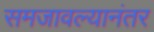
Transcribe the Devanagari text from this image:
समजावल्यानंतर